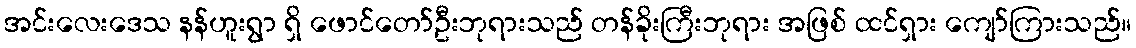
အင်းလေးဒေသ နန်ဟူးရွာ ရှိ ဖောင်တော်ဦးဘုရားသည် တန်ခိုးကြီးဘုရား အဖြစ် ထင်ရှား ကျော်ကြားသည်။